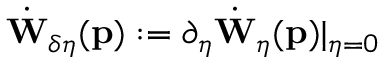
\dot { \mathbf { W } } _ { \delta \eta } ( \mathbf { p } ) : = \partial _ { \eta } \dot { \mathbf { W } } _ { \eta } ( \mathbf { p } ) \vert _ { \eta = 0 }